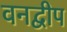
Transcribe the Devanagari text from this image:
वनद्वीप